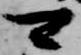
可